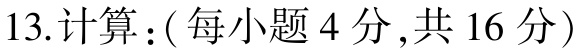
13.计算：( 每小题 4 分 ,共 16 分 )